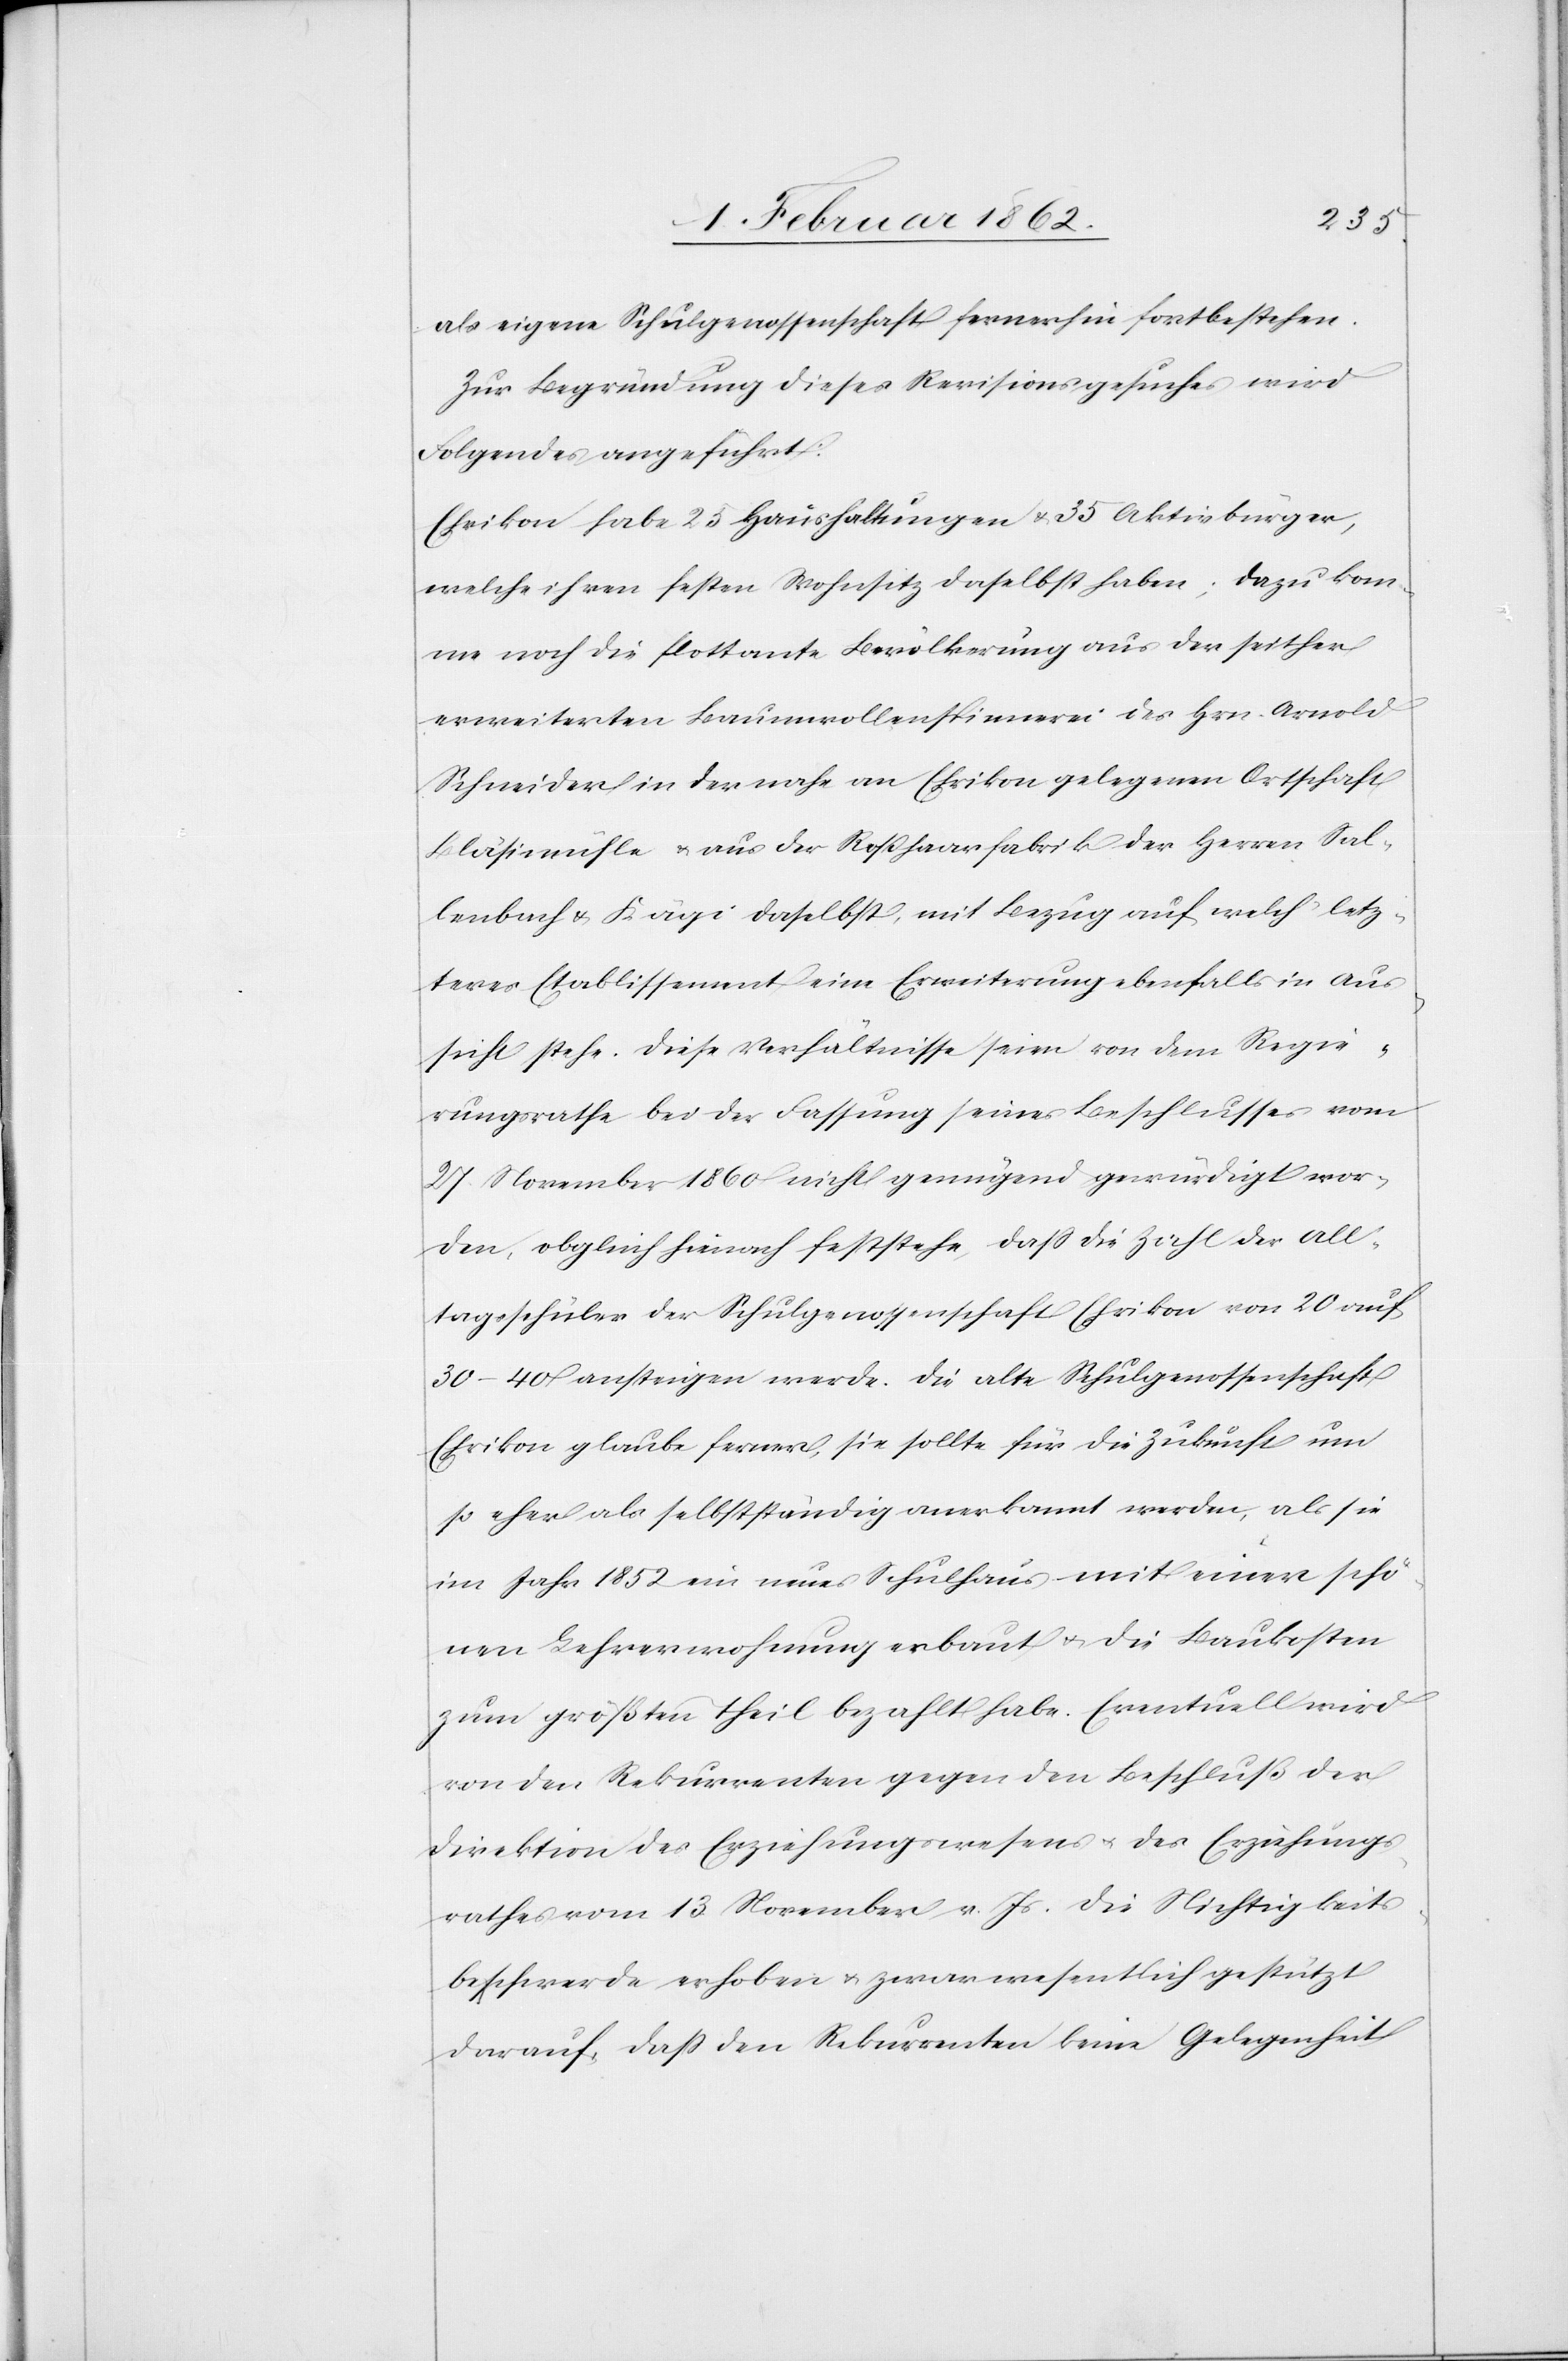
als eigene Schulgenossenschaft fernerhin fortbestehen.
Zur Begründung dieses Revisionsgesuches wird
Folgendes angeführt:
Ehrikon habe 25 Haushaltungen & 35 Aktivbürger,
welche ihren festen Wohnsitz daselbst haben; dazu kom¬
men noch die flottante Bevölkerung aus der seither
erweiterten Baumwollenspinnerei des Hrn. Arnold
Schneider in der nahe an Ehrikon gelegenen Ortschaft
Bläsimühle u. aus der Roßhaarfabrik der Herren Sal¬
lenbach & Kägi daselbst, mit Bezug auf welch’ letz¬
teres Etablissement eine Erweiterung ebenfalls in Aus¬
sicht stehe. Diese Verhältnisse seien von dem Regie¬
rungsrathe bei der Fassung seines Beschlusses vom
27 November 1860 nicht genügend gewürdigt wor¬
den, obgleich hienach feststehe, daß die Zahl der All¬
tagsschüler der Schulgenossenschaft Ehrikon von 20 auf
30–40 ansteigen werde. Die alte Schulgenossenschaft
Ehrikon glaube ferner, sie sollte für die Zukunft um
so eher als selbstständig anerkannt werden, als sie
im Jahr 1852 ein neues Schulhaus mit einer schö¬
nen Lehrerwohnung erbaut u. die Baukosten
zum größten Theil bezahlt habe. Eventuell wird
von den Rekurrenten gegen den Beschluß der
Direktion des Erziehungswesens u. des Erziehungs¬
rathes vom 13 November v. Js. die Nichtigkeits¬
beschwerde erhoben u. zwar wesentlich gestützt
darauf, daß den Rekurrenten keine Gelegenheit